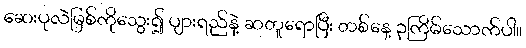
ဆေးပုလဲမြစ်ကိုသွေး၍ ပျားရည်နဲ့ ဆတူရောပြီး တစ်နေ့ ၃ကြိမ်သောက်ပါ။